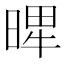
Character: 𣈾